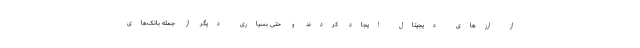
از ارزهای دیجیتال ایجاد کردند و حتی بسیاری دیگر از جمله بانک‌های